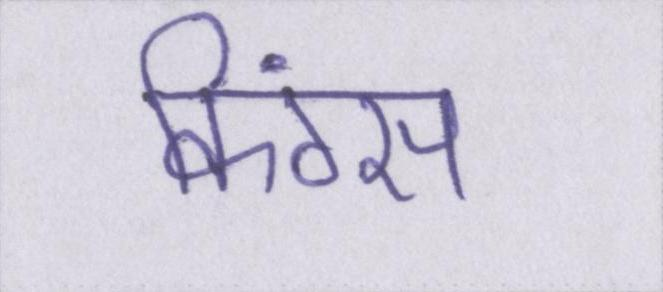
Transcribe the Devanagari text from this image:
किंग्स